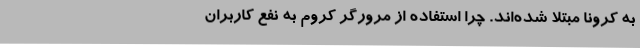
به کرونا مبتلا شده‌اند. چرا استفاده از مرورگر کروم به نفع کاربران